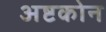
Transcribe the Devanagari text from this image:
अष्टकोन